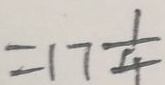
= 1 7 \frac { 1 } { 4 }